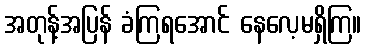
အတုန့်အပြန် ခံကြရအောင် နေလေ့မရှိကြ။